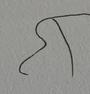
Signature authenticity: forged